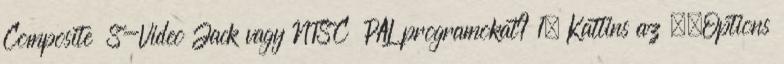
Composite S-Video Jack vagy NTSC PAL programokat? 1. Kattins az ,,Options